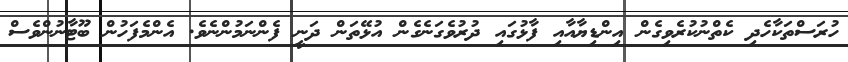
ހުރަސްތަކާހެދި ކެތްނުކުރެވިގެން އިންޑިޔާއާއި ފާޅުގައި ދުރުވެގަނެގެން އުޅޭތަން ދަނީ ފެންނަމުންނެވެ. އެންމެފަހުން ބޫޓާނުންވެސް